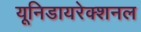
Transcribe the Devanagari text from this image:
यूनिडायरेक्शनल